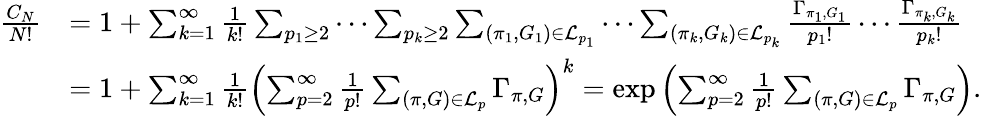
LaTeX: \begin{array}{rl}{\frac{C_{N}}{N!}}&{=1+\sum_{k=1}^{\infty}\frac{1}{k!}\sum_{p_{1}\geq 2}\cdots\sum_{p_{k}\geq 2}\sum_{(\pi_{1},G_{1})\in\mathcal{L}_{p_{1}}}\cdots\sum_{(\pi_{k},G_{k})\in\mathcal{L}_{p_{k}}}\frac{\Gamma_{\pi_{1},G_{1}}}{p_{1}!}\cdots\frac{\Gamma_{\pi_{k},G_{k}}}{p_{k}!}}\\ &{=1+\sum_{k=1}^{\infty}\frac{1}{k!}\left(\sum_{p=2}^{\infty}\frac{1}{p!}\sum_{(\pi,G)\in\mathcal{L}_{p}}\Gamma_{\pi,G}\right)^{k}=\exp\left(\sum_{p=2}^{\infty}\frac{1}{p!}\sum_{(\pi,G)\in\mathcal{L}_{p}}\Gamma_{\pi,G}\right).}\end{array}